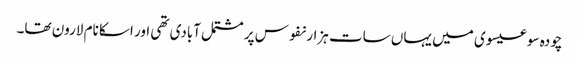
چودہ سو عیسوی میں یہاں سات ہزار نفوس پر مشتمل آبادی تھی اور اسکا نام لارون تھا۔